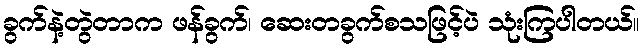
ခွက်နဲ့တွဲတာက ဖန်ခွက်၊ ဆေးတခွက်စသဖြင့်ပဲ သုံးကြပါတယ်။